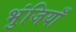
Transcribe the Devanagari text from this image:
भुंजियाँ